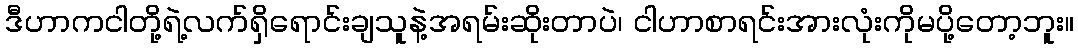
ဒီဟာကငါတို့ရဲ့လက်ရှိရောင်းချသူနဲ့အရမ်းဆိုးတာပဲ၊ ငါဟာစာရင်းအားလုံးကိုမပို့တော့ဘူး။